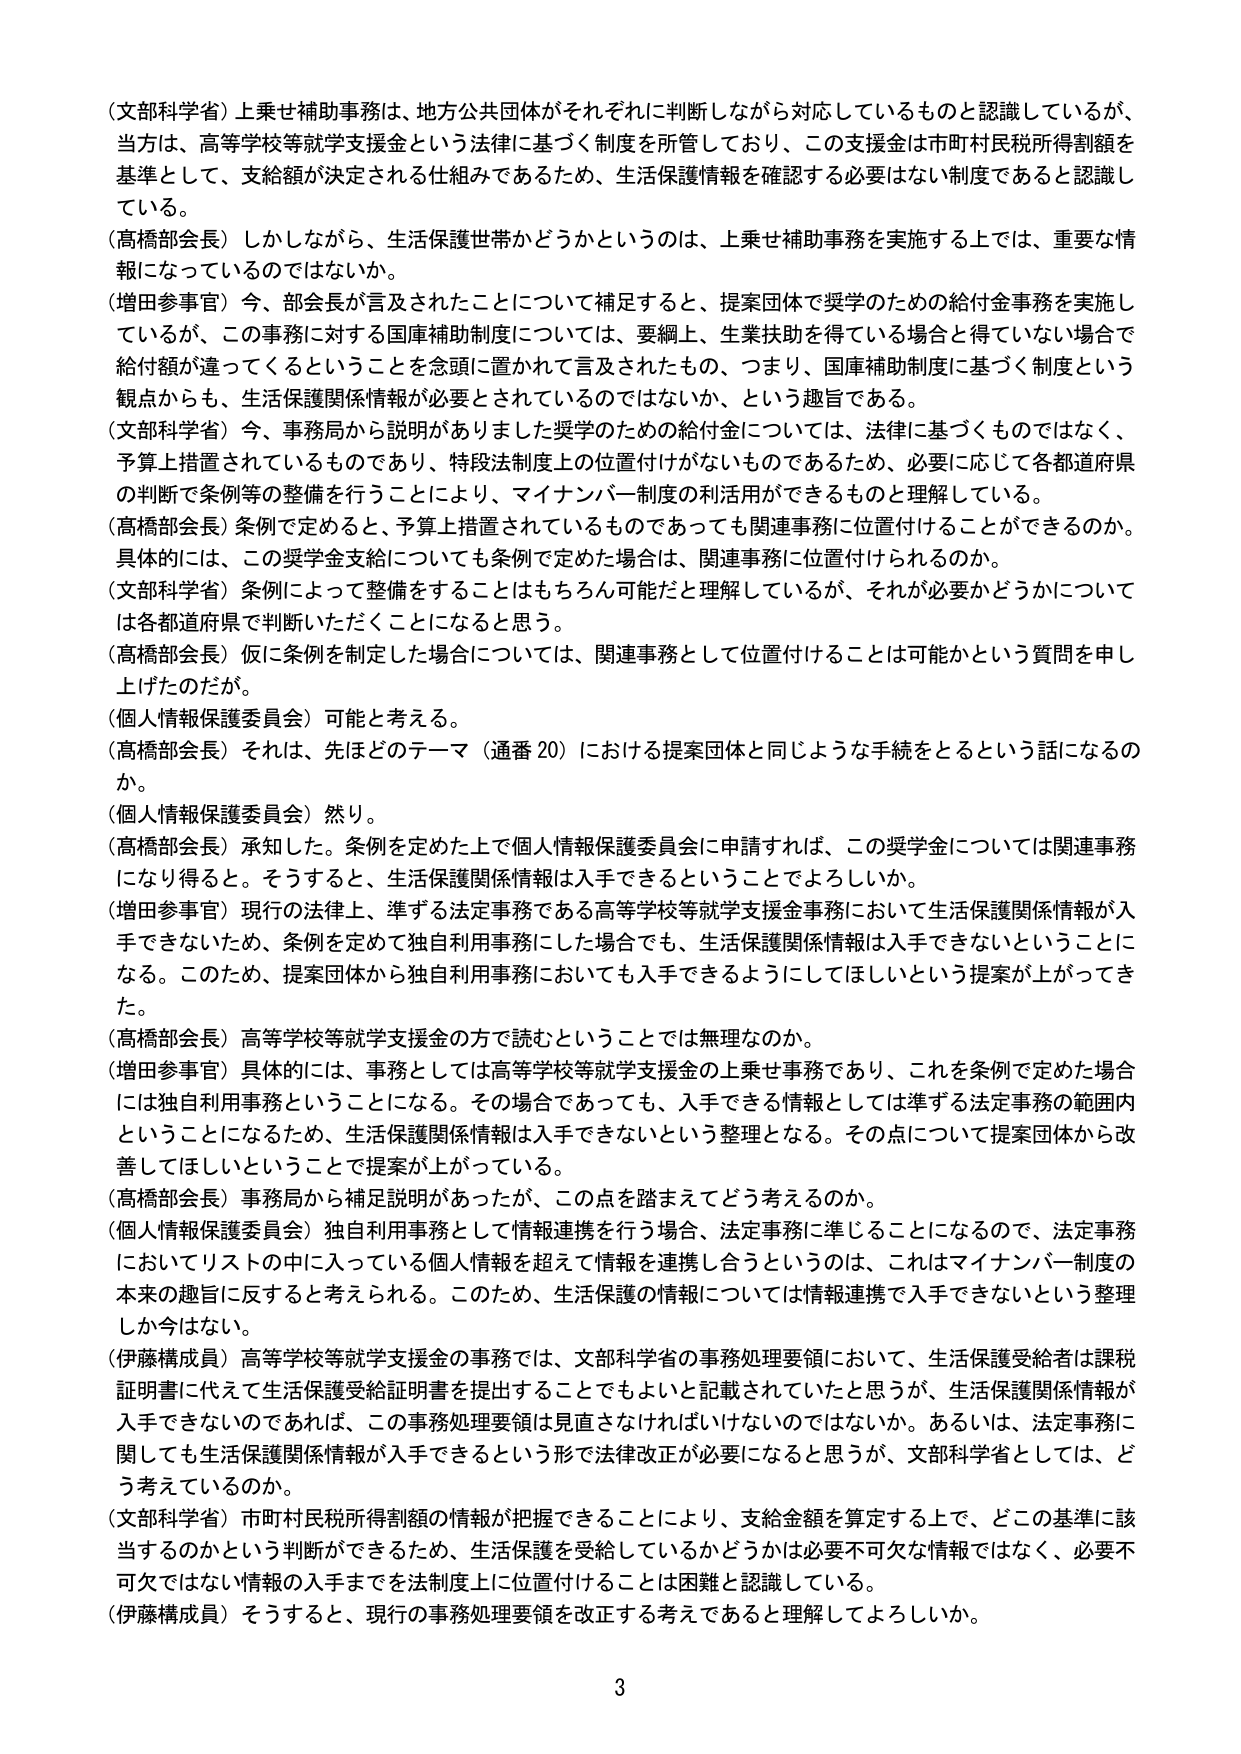
（文部科学省）上乗せ補助事務は、地方公共団体がそれぞれに判断しながら対応しているものと認識しているが、
当方は、高等学校等就学支援金という法律に基づく制度を所管しており、この支援金は市町村民税所得割額を
基準として、支給額が決定される仕組みであるため、生活保護情報を確認する必要はない制度であると認識し
ている。

（高橋部会長）しかしながら、生活保護世帯かどうかというのは、上乗せ補助事務を実施する上では、重要な情
報になっているのではないのか。

（増田参事官）今、部会長が言及されたことについて補足すると、提案団体で奨学のための給付金事務を実施し
ているが、この事務に対する国庫補助制度については、要綱上、生業扶助を得ている場合と得ていない場合で
給付額が違ってくるということを念頭に置かれて言及されたもの、つまり、国庫補助制度に基づく制度という
観点からも、生活保護関係情報が必要とされているのではないか、という趣旨である。

（文部科学省）今、事務局から説明がありました奨学のための給付金については、法律に基づくものではなく、
予算上措置されているものであり、特段法制度上の位置付けがないものであるため、必要に応じて各都道府県
の判断で条例等の整備を行うことにより、マイナンバー制度の利活用ができるものと理解している。

（高橋部会長）条例で定めると、予算上措置されているものであっても関連事務に位置付けることができるのか。
具体的には、この奨学金支給についても条例で定めた場合は、関連事務に位置付けられるのか。

（文部科学省）条例によって整備をすることはもちろん可能だと理解しているが、それが必要かどうかについて
は各都道府県で判断いただくことになると思う。

（高橋部会長）仮に条例を制定した場合については、関連事務として位置付けることは可能かという質問を申し
上げたのだが。

（個人情報保護委員会）可能と考える。

（高橋部会長）それは、先ほどのテーマ（通番20）における提案団体と同じような手続をとるという話になるの
か。

（個人情報保護委員会）然り。

（高橋部会長）承知した。条例を定めた上で個人情報保護委員会に申請すれば、この奨学金については関連事務
になり得ると。そうすると、生活保護関係情報は入手できるということでしょうか。

（増田参事官）現行の法律上、準ずる法定事務である高等学校等就学支援金事務において生活保護関係情報が入
手できないため、条例を定めて独自利用事務にした場合でも、生活保護関係情報は入手できないということに
なる。このため、提案団体から独自利用事務においても入手できるようにしてほしいという提案が上がってき
た。

（高橋部会長）高等学校等就学支援金の方で読むということでは無理なのか。

（増田参事官）具体的には、事務としては高等学校等就学支援金の上乗せ事務であり、これを条例で定めた場合
には独自利用事務ということになる。その場合であっても、入手できる情報としては準ずる法定事務の範囲内
ということになるため、生活保護関係情報は入手できないという整理となる。その点について提案団体から改
善してほしいということで提案が上がっている。

（高橋部会長）事務局から補足説明があったが、この点を踏まえてどう考えるのか。

（個人情報保護委員会）独自利用事務として情報連携を行う場合、法定事務に準じることになるので、法定事務
においてリストの中に入っている個人情報を超えて情報を連携しようというのは、これはマイナンバー制度の
本来の趣旨に反すると考えられる。このため、生活保護の情報については情報連携で入手できないという整理
しか今はない。

（伊藤構成員）高等学校等就学支援金の事務では、文部科学省の事務処理要領において、生活保護受給者は課税
証明書に代えて生活保護受給証明書を提出することでもよいと記載されていたと思うが、生活保護関係情報が
入手できないのであれば、この事務処理要領は見直さなければいけないのではないか。あるいは、法定事務に
関しても生活保護関係情報が入手できるという形で法律改正が必要になると思うが、文部科学省としては、ど
う考えているのか。

（文部科学省）市町村民税所得割額の情報が把握できることにより、支給金額を算定する上で、どこの基準に該
当するのかという判断ができるため、生活保護を受給しているかどうかは必要不可欠な情報ではなく、必要不
可欠ではない情報の入手までを法制度上に位置付けることは困難と認識している。

（伊藤構成員）そうすると、現行の事務処理要領を改正する考えであると理解してよろしいか。

3